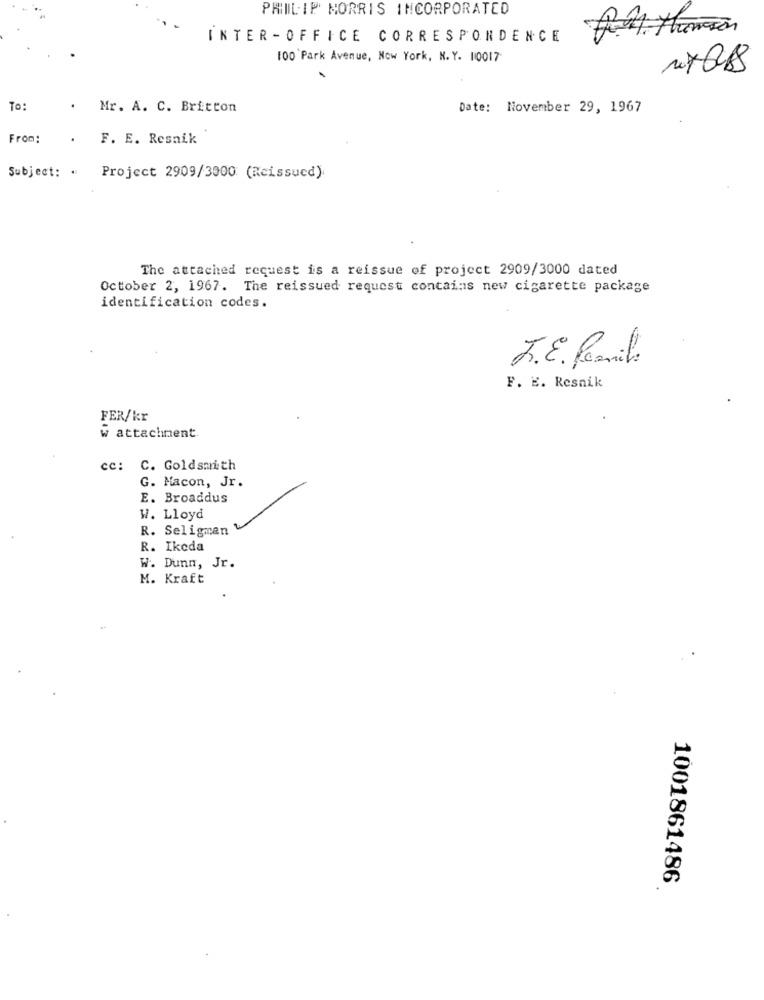
PHILIP MORRIS INCORPORATED
INTER -OFFICE CORRESPONDENCE
100 Park Avenue, New York, N. Y. 10017
To:
Mr. A. C. Britton
Date: November 29, 1967
From:
F. E. Resnik
Subject: . Project 2909/3000 (Reissued)
The attached request is a reissue of project 2909/3000 dated
October 2, 1967. The reissued request contains new cigarette package
identification codes.
J.E. Permil.
F. E. Resnik
FER/kr
w attachment
cc: C. Goldsmith
G. Macon, Jr.
E. Broaddus
W. Lloyd
R. Seligman
R. Ikeda
W. Dunn, Jr.
M. Kraft
1001861486